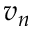
v _ { n }